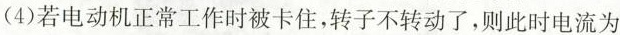
(4)若电动机正常工作时被卡住，转子不转动了，则此时电流为